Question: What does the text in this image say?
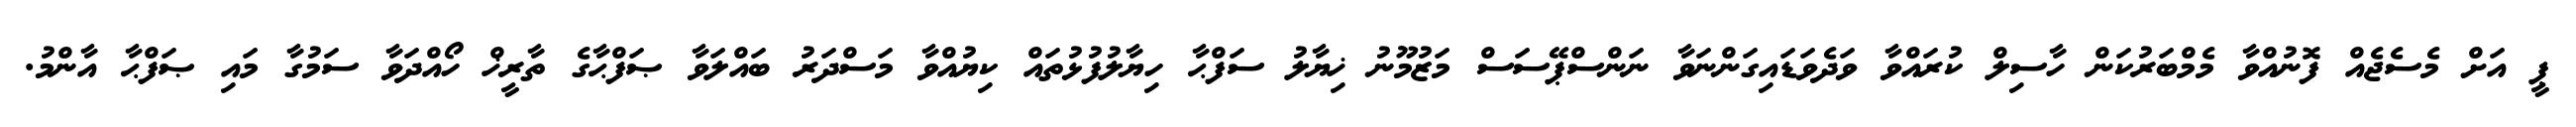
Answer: ޕީ އަށް މެސެޖެއް ފޮނުއްވާ މެމްބަރުކަން ހާސިލް ކުރައްވާ ވަދެވަޑައިގަންނަވާ ނަންސްޕޭސަސް މަޒުމޫނު ޚިޔާލު ސަފްޙާ ހިޔާލުފުޅުތައް ކިޔުއްވާ މަސްދަރު ބައްލަވާ ޞަފްޙާގެ ތާރީޚް ހޯއްދަވާ ސަމުގާ މައި ޞަފްޙާ އާންމު.